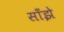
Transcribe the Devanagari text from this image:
साँझे